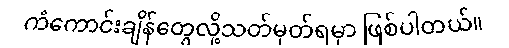
ကံကောင်းချိန်တွေလို့သတ်မှတ်ရမှာ ဖြစ်ပါတယ်။